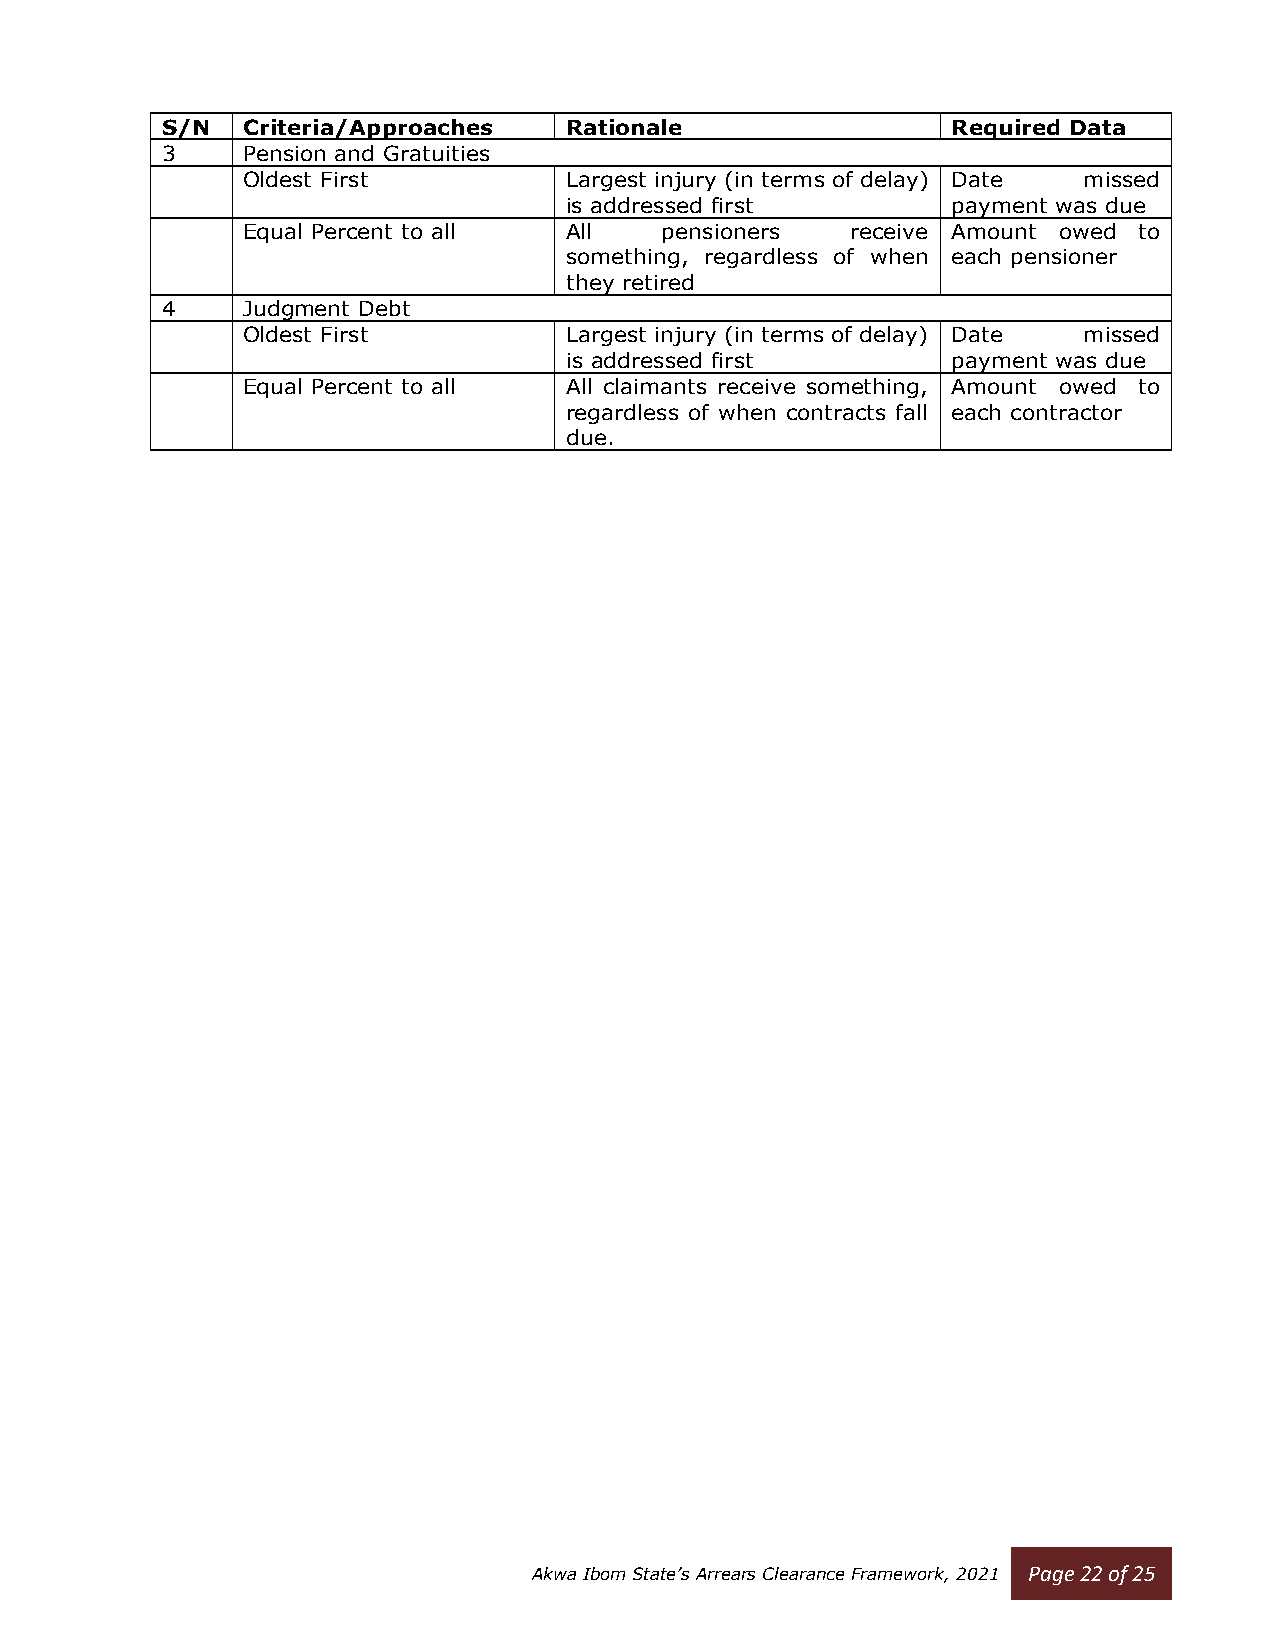
S/N  Criteria/Approaches  Rationale                 Required Data
 3    Pension and Gratuities
 Oldest First         Largest injury (in terms of delay) Date missed
 is addressed first        payment was due
 Equal Percent to all All    pensioners  receive Amount owed to
 something, regardless of when each pensioner
 they retired
 4    Judgment Debt
 Oldest First         Largest injury (in terms of delay) Date missed
 is addressed first        payment was due
 Equal Percent to all All claimants receive something, Amount owed to
 regardless of when contracts fall each contractor
 due.
 Akwa Ibom State’s Arrears Clearance Framework, 2021 Page 22 of 25